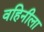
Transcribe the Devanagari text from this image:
वहिनीला